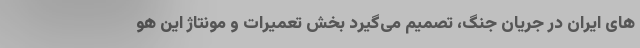
های ایران در جریان جنگ، تصمیم می‌گیرد بخش تعمیرات و مونتاژ این هو